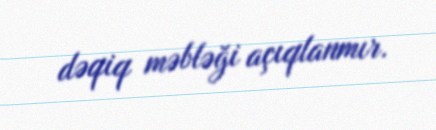
dəqiq məbləği açıqlanmır.